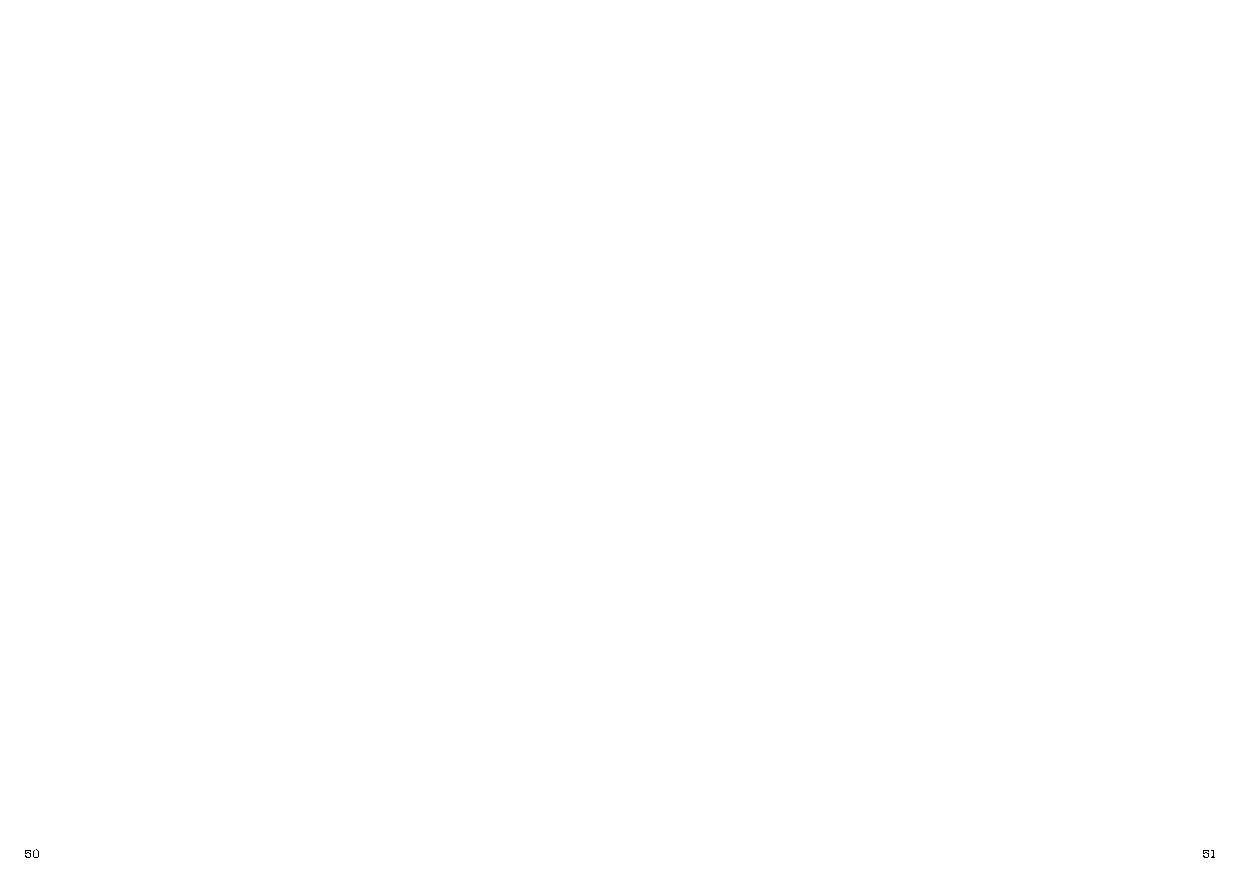
50                                                                            51